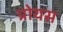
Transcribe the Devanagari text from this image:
प्रोयस